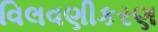
વિલવણીકરણ